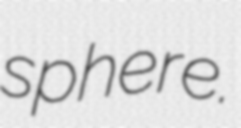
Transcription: sphere.